Report on vaccination proceedings throughout the Government of Bengal -
Year: 1868
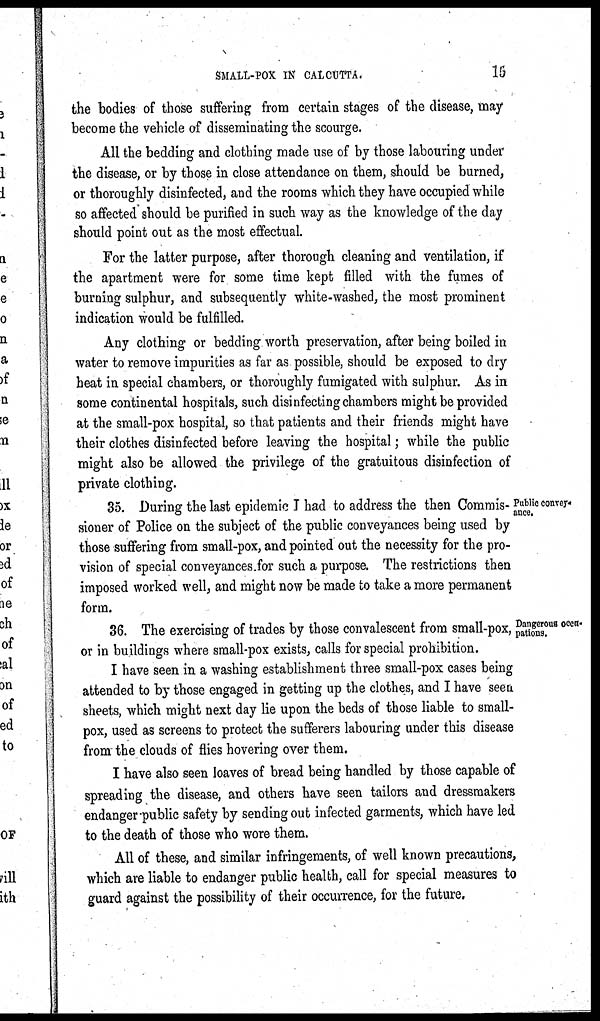
SMALL-POX IN CALCUTTA.
15
the bodies of those suffering from certain stages of the disease, may
become the vehicle of disseminating the scourge.
All the bedding and clothing made use of by those labouring under
the disease, or by those in close attendance on them, should be burned,
or thoroughly disinfected, and the rooms which they have occupied while
so affected should be purified in such way as the knowledge of the day
should point out as the most effectual.
For the latter purpose, after thorough cleaning and ventilation, if
the apartment were for some time kept filled with the fumes of
burning sulphur, and subsequently white-washed, the most prominent
indication would be fulfilled.
Any clothing or bedding worth preservation, after being boiled in
water to remove impurities as far as possible, should be exposed to dry
heat in special chambers, or thoroughly fumigated with sulphur. As in
some continental hospitals, such disinfecting chambers might be provided
at the small-pox hospital, so that patients and their friends might have
their clothes disinfected before leaving the hospital; while the public
might also be allowed the privilege of the gratuitous disinfection of
private clothing.
Public convey-
ance.
35. During the last epidemic I had to address the then Commis-
sioner of Police on the subject of the public conveyances being used by
those suffering from small-pox, and pointed out the necessity for the pro-
vision of special conveyances for such a purpose. The restrictions then
imposed worked well, and might now be made to take a more permanent
form.
Dangerous occu-
pations.
36. The exercising of trades by those convalescent from small-pox,
or in buildings where small-pox exists, calls for special prohibition.
I have seen in a washing establishment three small-pox cases being
attended to by those engaged in getting up the clothes, and I have seen
sheets, which might next day lie upon the beds of those liable to small-
pox, used as screens to protect the sufferers labouring under this disease
from the clouds of flies hovering over them.
I have also seen loaves of bread being handled by those capable of
spreading the disease, and others have seen tailors and dressmakers
endanger-public safety by sending out infected garments, which have led
to the death of those who wore them.
All of these, and similar infringements, of well known precautions,
which are liable to endanger public health, call for special measures to
guard against the possibility of their occurrence, for the future.